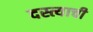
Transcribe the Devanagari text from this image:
दस्त्याची